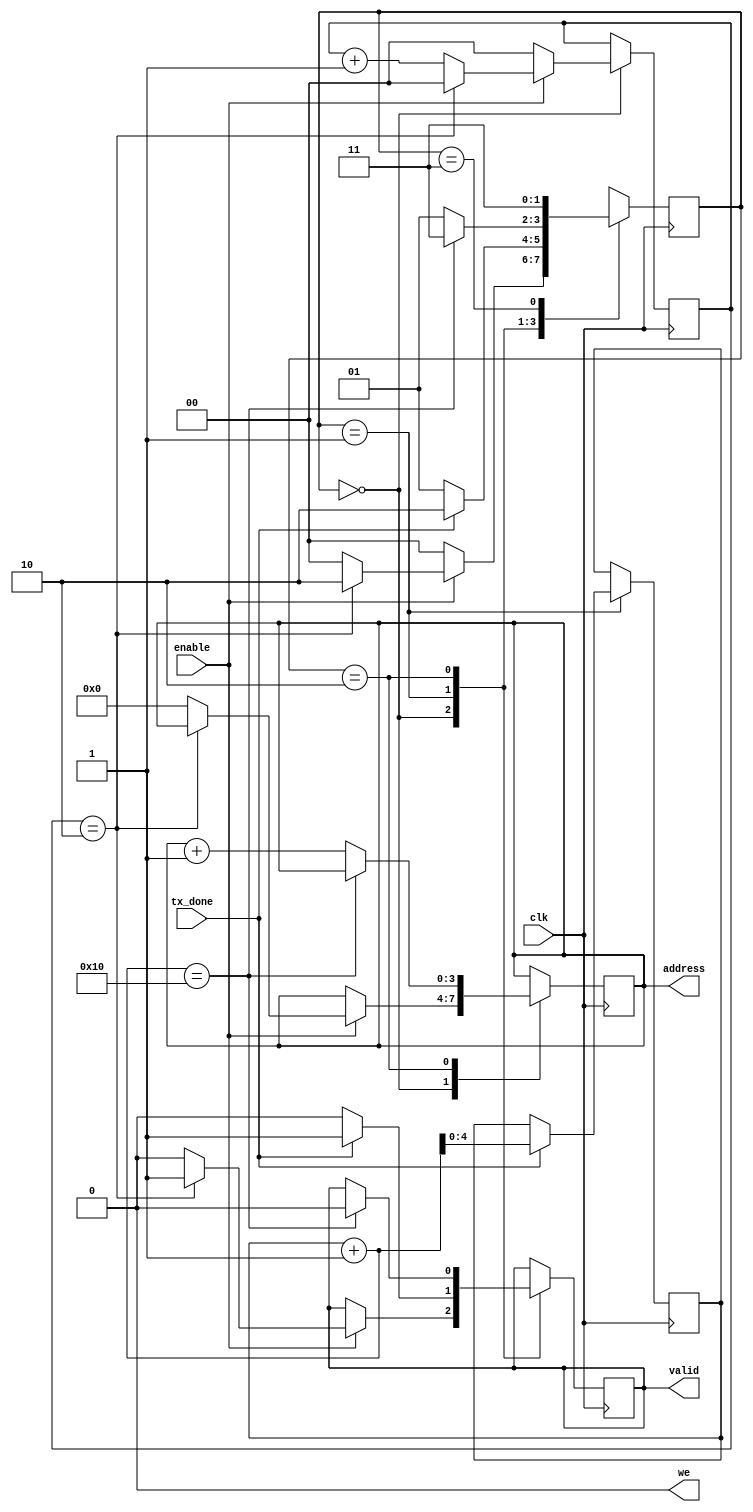
module read_controll #(parameter max_depth = 16)(
input clk,
input enable,
input tx_done,
output reg [3:0] address,
output reg valid,
output we
    );

//two states for reading data and adress at counter=0 and output data at counter=2
localparam integer start = 2'b00;
localparam integer idle = 2'b01;
localparam integer active = 2'b10;
localparam integer done = 2'b11;

assign we = 0;
reg [1:0]state = 0;
reg [1:0]counter = 0;
reg [4:0]depth_counter=0;

always @(posedge clk)
begin
    case(state)// add to counter as well as go to state active when counter =2 and reset counter
        start:begin
            if(enable)
            begin
                if(counter == 2)
                begin
                    valid <= 1;
                    state <= active;
                    counter <= 0;
                 end
                 else
                 begin
                     address <= 4'b0000;
                     counter <= counter + 1;
                     state <= start;
                     valid <= 0;
                 end
            end
            else
            begin
                counter <= 0;
                state <= start;
            end
        end
        idle:begin
            if(tx_done)
            begin
                valid <= 1;
                depth_counter <= depth_counter + 1;
                state <= active;
            end
            else
            begin
                state <= idle;
                valid <= 0;
            end
        end
        active:begin
            if(depth_counter + 1 == max_depth)
            begin
                 state <= done;
                 valid <= 0;
            end
            else
            begin
                 address <= address + 1;
                 state <= idle;
            end
        end
        done:begin
            state <= done;
            
        end
    endcase
end
endmodule